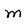
Character: m